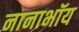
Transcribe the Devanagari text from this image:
नानाभॉय